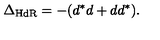
\Delta _ { \mathrm { H d R } } = - ( d ^ { * } d + d d ^ { * } ) .